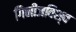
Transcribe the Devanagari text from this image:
गिनीजविश्व